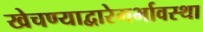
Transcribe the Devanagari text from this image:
खेचण्याद्वारेगर्भावस्था